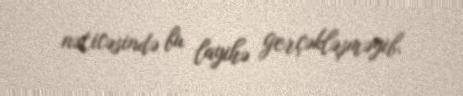
nəticəsində bu layihə gerçəkləşməyib.